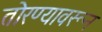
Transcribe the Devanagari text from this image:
तोरण्यावरून